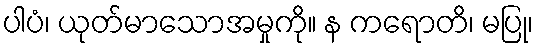
ပါပံ၊ ယုတ်မာသောအမှုကို။ န ကရောတိ၊ မပြု၊